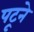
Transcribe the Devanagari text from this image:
पटूने